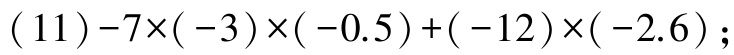
\((11)-7\times(-3)\times(-0.5)+(-12)\times(-2.6);\)